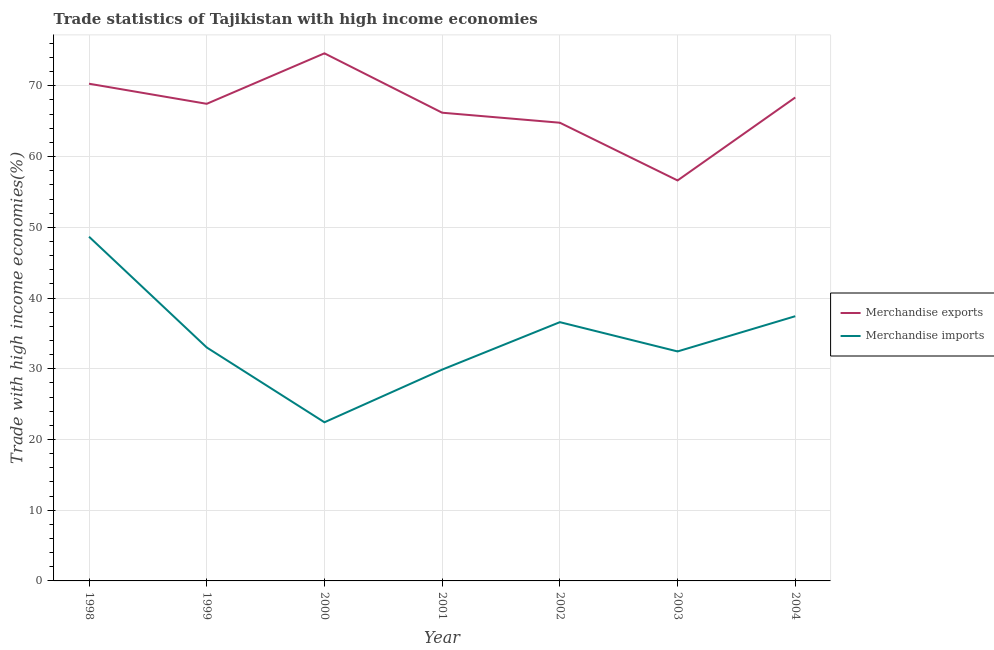
| Year | Merchandise exports | Merchandise imports |
 | --- | --- | --- |
 | 1998 | 70.3 | 48.7 |
 | 1999 | 67.5 | 33 |
 | 2000 | 74.6 | 22.4 |
 | 2001 | 66.2 | 29.9 |
 | 2002 | 64.8 | 36.6 |
 | 2003 | 56.6 | 32.4 |
 | 2004 | 68.4 | 37.4 |